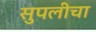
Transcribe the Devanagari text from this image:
सुपलीचा